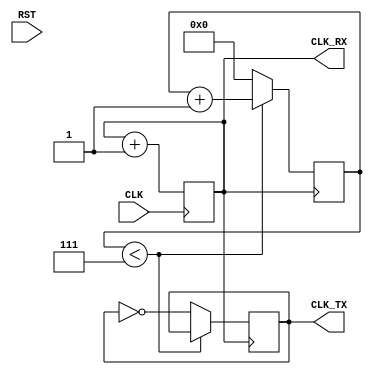
`timescale 1ns / 1ps
//////////////////////////////////////////////////////////////////////////////////
// Company: 
// Engineer: 
// 
// Design Name: 
// Module Name:    uart_clk_fsm 
// Project Name: 
// Target Devices: 
// Tool versions: 
// Description: 
//
// Dependencies: 
//
// Revision: 
// Revision 0.01 - File Created
// Additional Comments: 
//
//////////////////////////////////////////////////////////////////////////////////
module uart_clk_fsm #(parameter K=1, N=1) (RST, CLK, CLK_RX, CLK_TX);
input RST, CLK;
output CLK_RX, CLK_TX;
wire CLK_RX, CLK_TX;

parameter [2:0] // synopsys enum code
					 IDLE = 3'd0,
						S1 = 3'd1,
						S2 = 3'd2;

reg [2:0] // synopsys state_vector state
				state, next;

reg [N-1:0] acc=0;
reg [3:0] cnt=0;
reg clk_1_16=0;

always @(posedge CLK) acc<=acc+K; //(1)

always @(posedge CLK_RX) //(2)
 if(cnt<4'd7) cnt<=cnt+1;
 else
 begin cnt<=0; clk_1_16<=~clk_1_16; end
 
assign CLK_RX=acc[N-1]; 
assign CLK_TX=clk_1_16;

endmodule